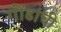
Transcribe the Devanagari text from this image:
गोंडांची